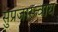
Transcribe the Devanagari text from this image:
सुप्रजास्त्वाय